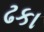
ઢકા